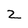
Character: z